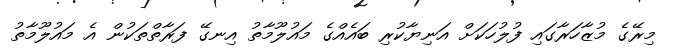
މިރޭގެ މުޒާހަރާގައި ފުލުހަކަށް އަނިޔާކުރި ބައެއްގެ މައުލޫމާތު އިނގޭ ފަރާތްތަކުން އެ މައުލޫމާތު